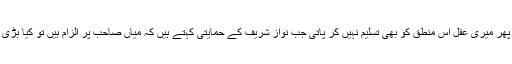
ایسی اندھی عقیدت بھلا کیسے رکھی جاسکتی ہے اور پھر میری عقل اس منطق کو بھی تسلیم نہیں کر پاتی جب نواز شریف کے حمایتی کہتے ہیں کہ میاں صاحب پر الزام ہیں تو کیا بڑی بات ہے ' دوسرے سیاست دان کونسے پاک صاف ہیں۔